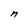
Character: n